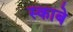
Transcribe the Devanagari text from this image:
स्काबे